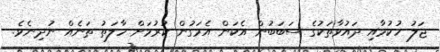
ޖަލު ހުކުމާއި ދައުވާތަކުގެ ސަބަބުން އެކަން އެމަގުން ކުރުމަށް ހާލަތު ތަނެއް ނުދިނެވެ.